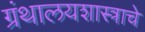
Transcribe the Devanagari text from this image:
ग्रंथालयशास्त्राचे